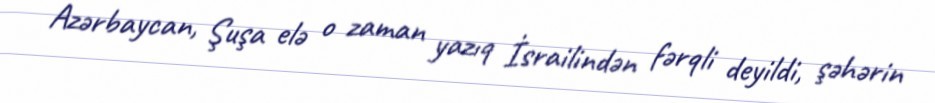
Azərbaycan, Şuşa elə o zaman yazıq İsrailindən fərqli deyildi, şəhərin